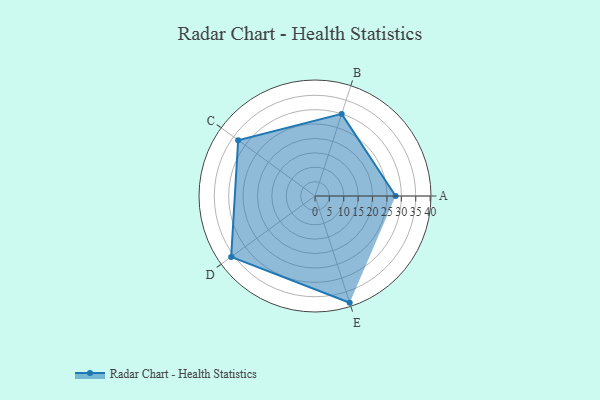
{"axis": {"x": "Skill", "y": "Score"}, "legend": ["Profile"], "data": [{"x": "A", "y": 28.0, "type": "Profile"}, {"x": "B", "y": 30.0, "type": "Profile"}, {"x": "C", "y": 33.0, "type": "Profile"}, {"x": "D", "y": 36.0, "type": "Profile"}, {"x": "E", "y": 39.0, "type": "Profile"}]}